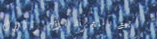
بيع بالتجزئة للأجهزة الإل